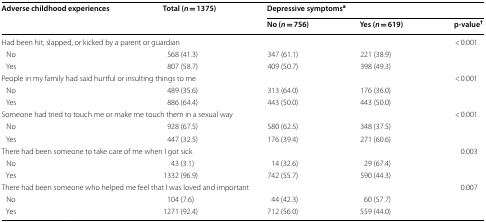
<table><thead><tr><td rowspan="2"><b>Adverse childhood experiences</b></td><td rowspan="2"><b>Total (<i>n </i>= 1375)</b></td><td colspan="3"><b>Depressive symptoms<sup>a</sup></b></td></tr><tr><td><b>No (<i>n </i>= 756)</b></td><td><b>Yes (<i>n </i>= 619)</b></td><td><b>p-value<sup>†</sup></b></td></tr></thead><tbody><tr><td colspan="4">Had been hit, slapped, or kicked by a parent or guardian</td><td>&lt; 0.001</td></tr><tr><td> No</td><td>568 (41.3)</td><td>347 (61.1)</td><td>221 (38.9)</td><td></td></tr><tr><td> Yes</td><td>807 (58.7)</td><td>409 (50.7)</td><td>398 (49.3)</td><td></td></tr><tr><td colspan="4">People in my family had said hurtful or insulting things to me</td><td>&lt; 0.001</td></tr><tr><td> No</td><td>489 (35.6)</td><td>313 (64.0)</td><td>176 (36.0)</td><td></td></tr><tr><td> Yes</td><td>886 (64.4)</td><td>443 (50.0)</td><td>443 (50.0)</td><td></td></tr><tr><td colspan="4">Someone had tried to touch me or make me touch them in a sexual way</td><td>&lt; 0.001</td></tr><tr><td> No</td><td>928 (67.5)</td><td>580 (62.5)</td><td>348 (37.5)</td><td></td></tr><tr><td> Yes</td><td>447 (32.5)</td><td>176 (39.4)</td><td>271 (60.6)</td><td></td></tr><tr><td colspan="4">There had been someone to take care of me when I got sick</td><td>0.003</td></tr><tr><td> No</td><td>43 (3.1)</td><td>14 (32.6)</td><td>29 (67.4)</td><td></td></tr><tr><td> Yes</td><td>1332 (96.9)</td><td>742 (55.7)</td><td>590 (44.3)</td><td></td></tr><tr><td colspan="4">There had been someone who helped me feel that I was loved and important</td><td>0.007</td></tr><tr><td> No</td><td>104 (7.6)</td><td>44 (42.3)</td><td>60 (57.7)</td><td></td></tr><tr><td> Yes</td><td>1271 (92.4)</td><td>712 (56.0)</td><td>559 (44.0)</td><td></td></tr></tbody></table>